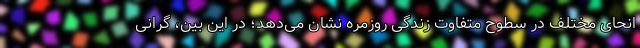
انحای مختلف در سطوح متفاوت زندگی روزمره نشان می‌دهد؛ در این بین، گرانی